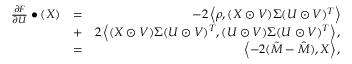
\begin{array} { r l r } { \frac { \partial F } { \partial U } \bullet ( X ) } & { = } & { - 2 \left< \rho , ( X \odot V ) \Sigma ( U \odot V ) ^ { T } \right> } \\ & { + } & { 2 \left< ( X \odot V ) \Sigma ( U \odot V ) ^ { T } , ( U \odot V ) \Sigma ( U \odot V ) ^ { T } \right> , } \\ & { = } & { \left< - 2 ( \tilde { M } - \hat { M } ) , X \right> , } \end{array}